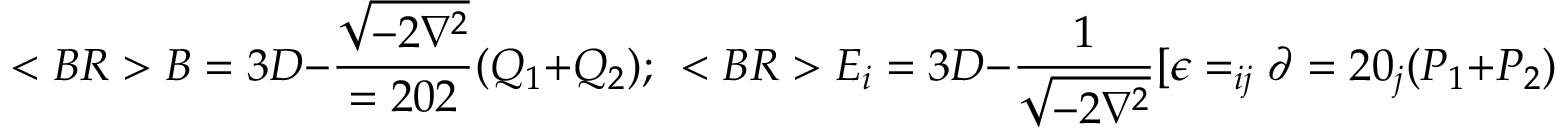
< B R > B = 3 D - { \frac { \sqrt { - 2 \nabla ^ { 2 } } } { = 2 0 2 } } ( Q _ { 1 } + Q _ { 2 } ) ; ~ ~ < B R > E _ { i } = 3 D - { \frac { 1 } { \sqrt { - 2 \nabla ^ { 2 } } } } [ \epsilon = _ { i j } \partial = 2 0 _ { j } ( P _ { 1 } + P _ { 2 } ) + ( \mu + m ) \partial _ { i } Q _ { 1 } + ( \mu - m ) \partial = 2 0 _ { i } Q _ { 2 } ] , < B R > < B R >